NAE_EAOK_eestikeelsed_sunnimeetrikad, lk 406
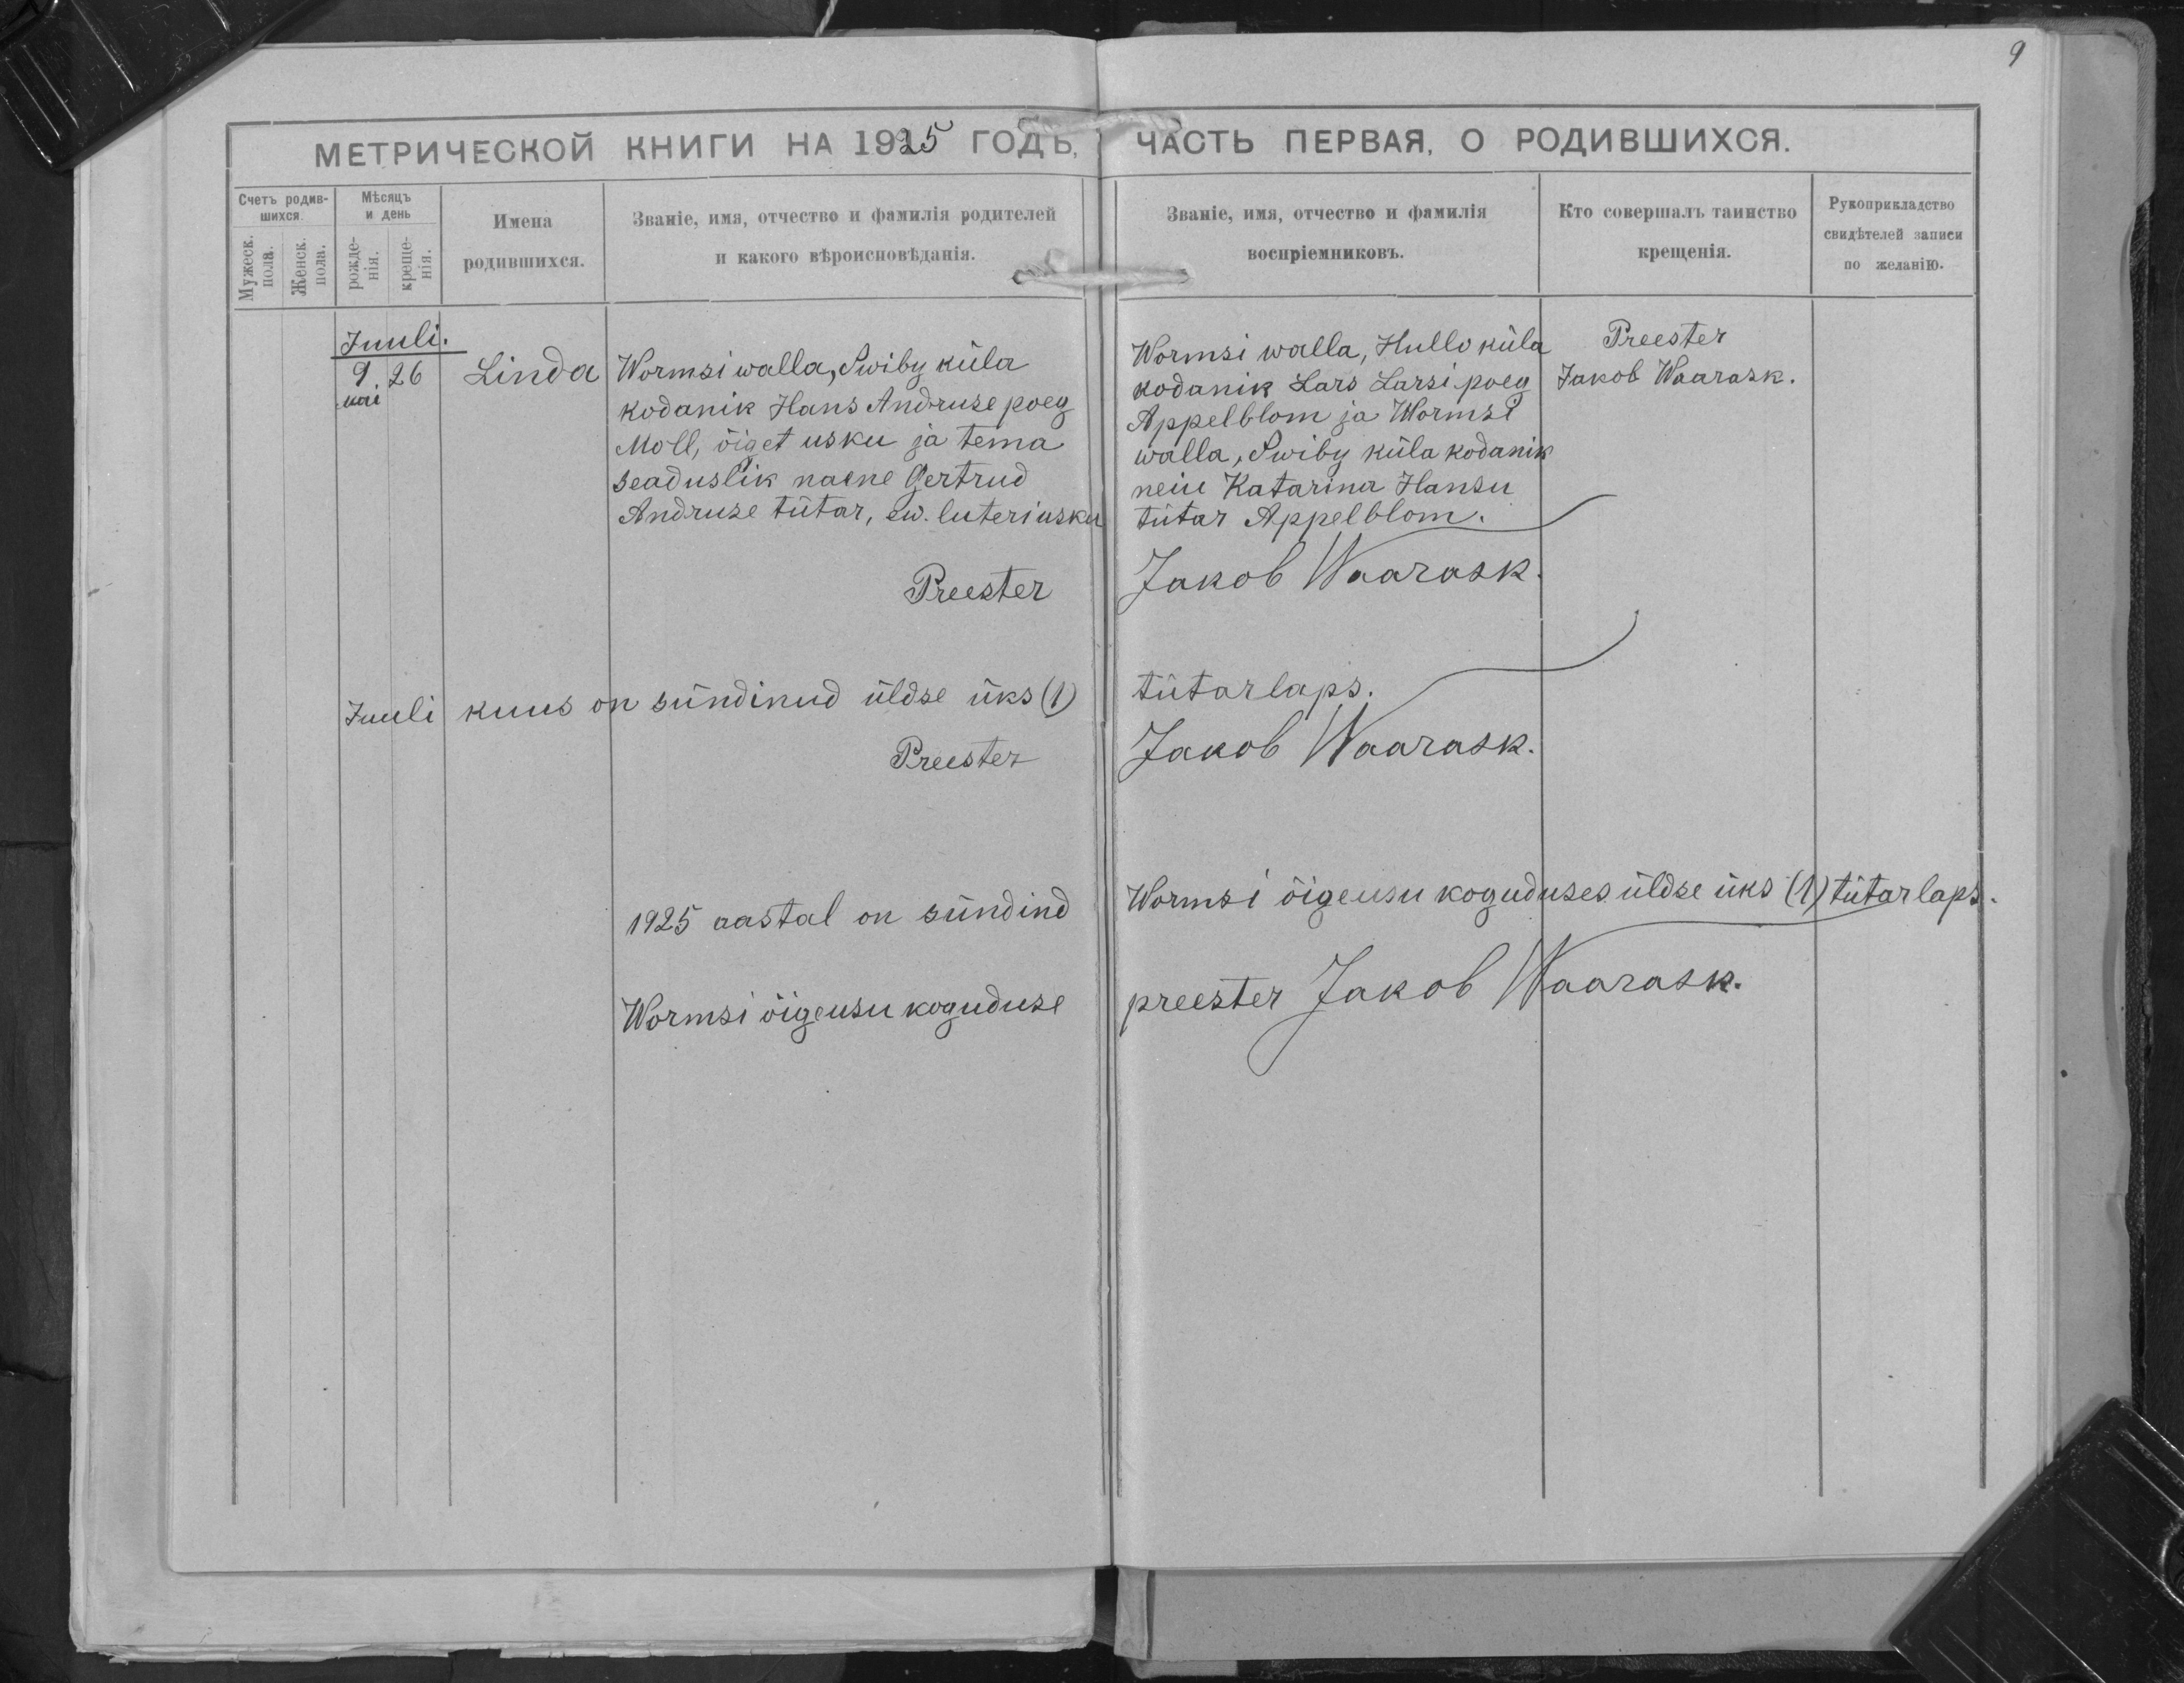
Linda

Wormsi walla, Swiby küla
kodanik Hans Andruse poeg
Moll, õiget usku ja tema
seaduslik naene Gertrud
Andruse tütar, ew. luteri usku.